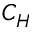
C _ { H }